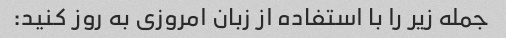
جمله زیر را با استفاده از زبان امروزی به روز کنید: